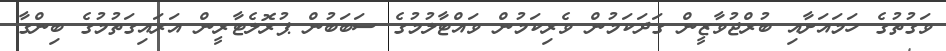
ވަގުތުގެ ހަމައަށާއި ބުރްޖުވާޒީން ގަދަކަމުން ވެރިކަމުން ވައްޓާލުމުގެ ސަބަބުން ޕުރޮލެޓާރީން އަރައިގަތުމުގެ ބިންގާ